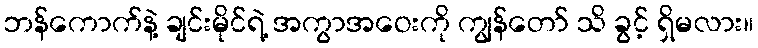
ဘန်ကောက်နဲ့ ချင်းမိုင်ရဲ့ အကွာအဝေးကို ကျွန်တော် သိ ခွင့် ရှိမလား။